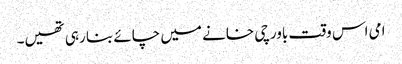
امی اس وقت باورچی خانے میں چائے بنا رہی تھیں۔